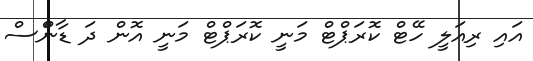
އައި ރިއަލީ ހޭޓް ކޮރަޕްޓް މަނީ ކޮރަޕްޓް މަނީ އޮން ދަ ޑާންްސް